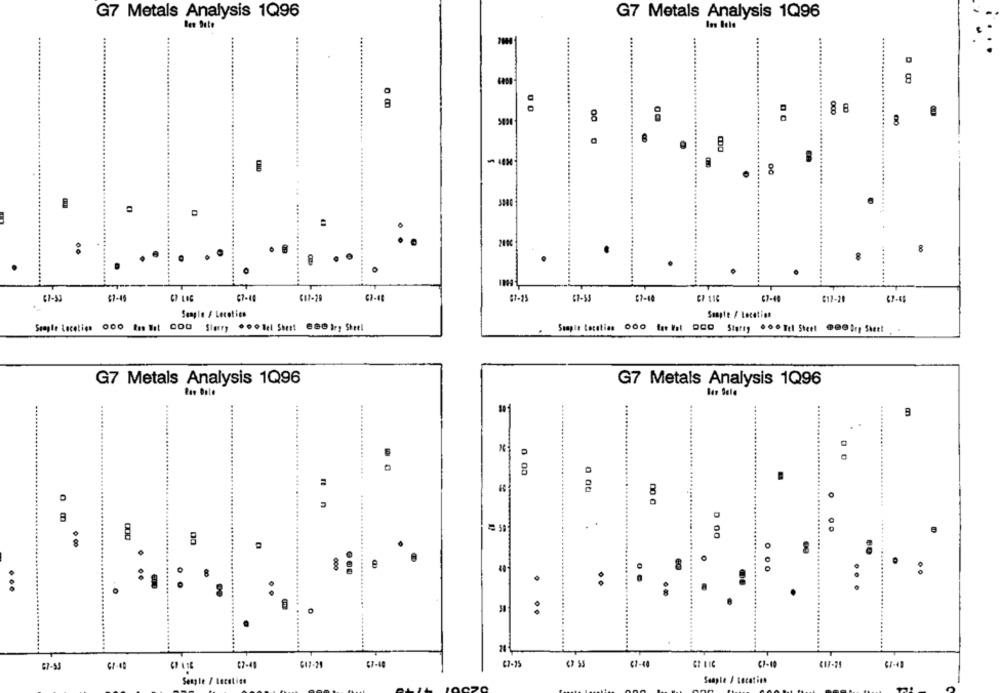
G7 Metals Analysis 1Q96
G7 Metals Analysis 1Q96
....
8
B
8
000
8
- -*
00
3800
41
. B
.
....
61-53
$1-19
67-10
07-18
67-40
617-20
Sangle / Location
Sonpte / Location
Seagle Locaties 000 En lit COD Sier, . 00 lel Shert @@O Irs Shrel
G7 Metals Analysis 1Q96
G7 Metals Analysis 1Q96
....
9
....
0
8
B
0 00
000
8
8
.....
:
:
.
...
D
..............
.....
....
CI-4
C7-49
617-21
67-40
C7-75
€1-40
GI LIC
C1-10
67-53
Senple / Location
Seapte / Location